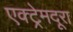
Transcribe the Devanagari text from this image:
एक्ट्रेमदूरा